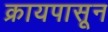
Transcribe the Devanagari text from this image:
क्रायपासून